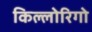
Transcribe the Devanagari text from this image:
किल्लोरिगो